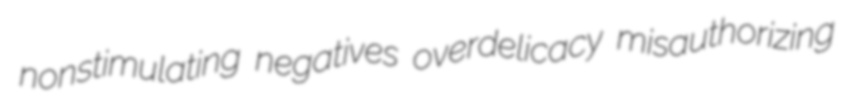
nonstimulating negatives overdelicacy misauthorizing